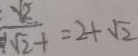
\frac { \sqrt { 2 } } { \sqrt { 2 } + } = 2 + \sqrt { 2 }